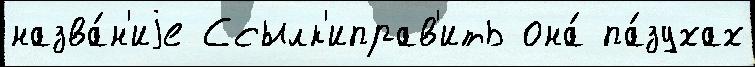
назва́н'иjе Ссылк'иправ'ить она́ па́зухах